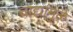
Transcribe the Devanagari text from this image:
वाद्यांमुळे